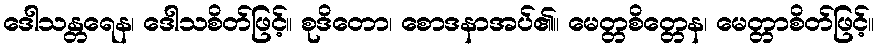
ဒေါသန္တရေန၊ ဒေါသစိတ်ဖြင့်။ စုဒိတော၊ စောဒနာအပ်၏။ မေတ္တစိတ္တေန၊ မေတ္တာစိတ်ဖြင့်။